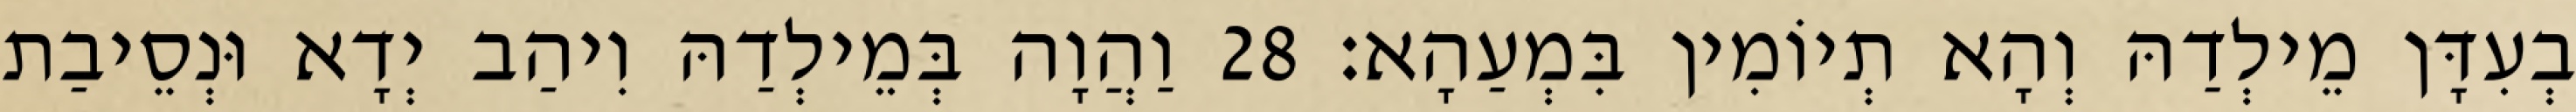
בְעִדָּן מֵילְדַהּ וְהָא תְיוֹמִין בִּמְעַהָא׃ 28 וַהֲוָה בְּמֵילְדַהּ וִיהַב יְדָא וּנְסֵיבַת